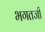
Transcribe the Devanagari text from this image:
भगतजी